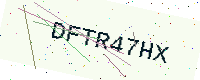
Text: DFTR47HX